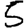
Digit: 5